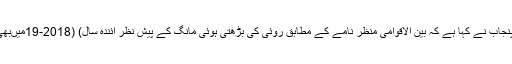
10 مئی2018ء) رانا افتخار صدر انجمن کاشتکاراں پنجاب نے کہا ہے کہ بین الاقوامی منظر نامے کے مطابق روئی کی بڑھتی ہوئی مانگ کے پیش نظر آئندہ سال) (2018-19میںبھی قیمتوں میںزیادہ اضافے کا رجحان برقرار رہے گا ۔